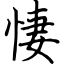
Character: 悽